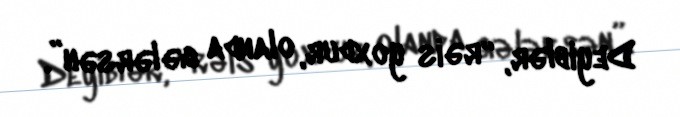
Deyiblər, “rəis yoxdur, olanda gələrsən”.